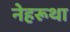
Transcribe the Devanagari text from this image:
नेहरूथा